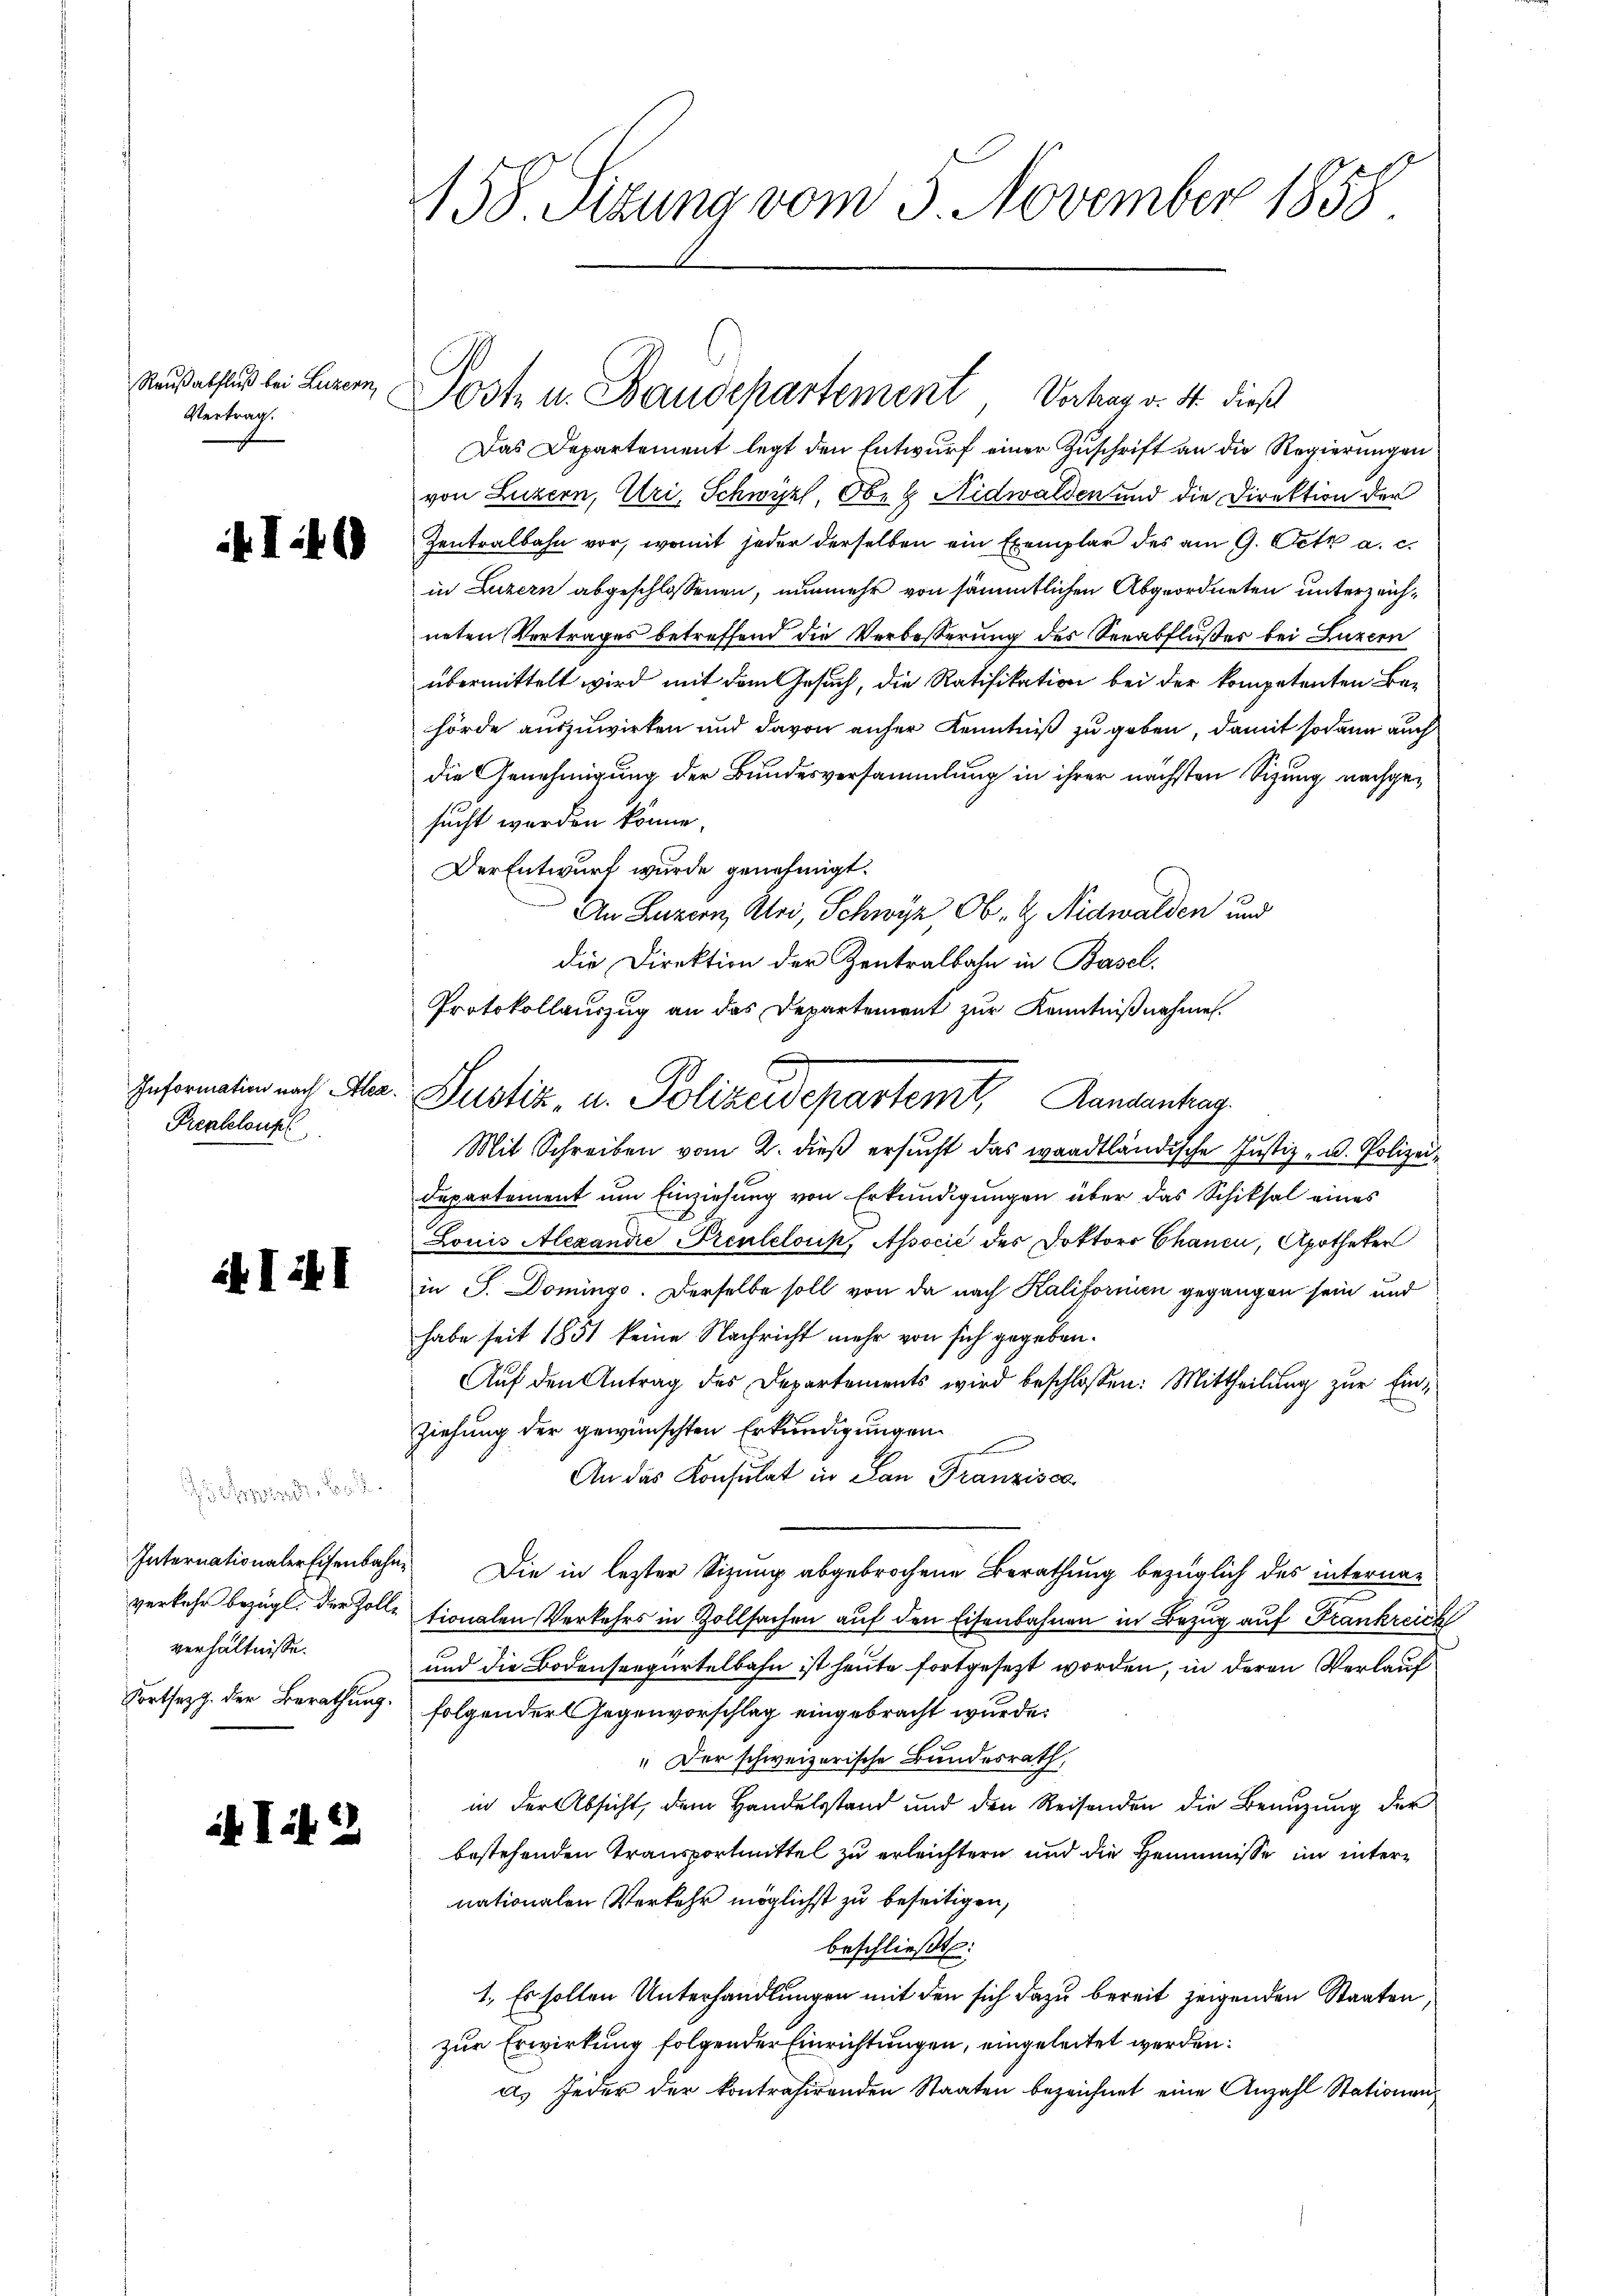
Vertrag.

verkehr bezügl. der Zolle
verhältnisse.

Prenteloufl

il Tit. 22

158. Sitzung vom 5. November 1858

Das Departement legt den Entwurf einer Zuschrift an die Regierungen
von Luzern, Uri, Schwyz, Obe & Nidwalden und die Direktion der
 Zentralbahn vor, womit jeder derselben ein Exemplar des am 9. Octz a. c.
in Luzern abgeschlossenen, nunmehr von sämmtlichen Abgeordneten unterzeichneten Vertrages betreffend die Verbesserung des Seeabflußes bei Luzern
übermittelt wird mit dem Gesuch, die Ratifikation bei der kompetenten Ba-
hörde auszuwirken und davon anfer Kenntniß zu geben, damit sodann auch
die Genehmigung der Bundesversammlung in ihrer nächsten Sizung nachgesucht worden könne.
Der Entwurf wurde genehmigt.
An Luzern, Uri, Schwyz, Ob- & Nidwalden und
die Direktion der Zentralbahn in Basel.
Protokollauszug an das Departement zur Kenntnißnahmen.
Mit Schreiben vom 2. dieß ersucht das waadtländische Justiz- u. Polizeidepartement um Einziehung von Erkundigungen über das Schiksal eines
Louis Alexandie Prentelouk, Associé des Doktors Chanen, Apotheker
  in P. Dominge. Derselbe soll von da nach Kalifornien gegangen sein und
habe seit 1851 keine Nachricht mehr von sich gegeben.
Auf den Antrag des Departements wird beschlossen: Mittheilung zur Einziehung der gewünschten Erkundigungen
An das Konsulat in San Franzisca
Internationaler Eisenbahn. Die in letzter Sitzung abgebrochene Berathung bezüglich des interna-
.
tionalen Verkehrs in Zollsachen auf den Eisenbahnen in Bezug auf Frankreich
und die Bodenseegürtelbahn ist heute fortgesezt worden, in deren Verlauf
Fortsepp. der Berathung. Folgender Gegenvorschlag eingebracht wurde.
" Der schweizerische Bundesrath,
in der Absicht, dem Handelsstand und den Reisenden die Benuzung der
bestehenden Transportmittel zu erleichtern und die Hemmnisse in internationalen Verkehr möglichst zu beseitigen,
beschließt:
1. Es sollen Unterhandlungen mit den sich dazu bereit zeigenden Staaten,
zur Erwirkung folgender Einrichtungen, eingeleitet werden.
a. Jeder der kontrahirenden Staaten bezeichnet eine Anzahl Stationen

Rußatfluß bei Luzern, Post u. Baudepartement Verhag v. 4. dieß

Insermalen nach Alter Justiz, u. Polizeidepartemt Randanhar